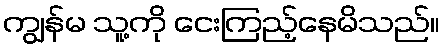
ကျွန်မ သူ့ကို ငေးကြည့်နေမိသည်။